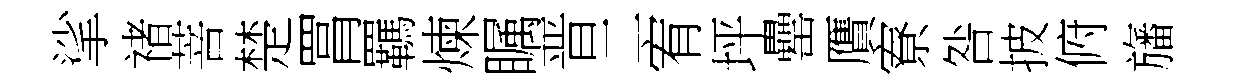
挲禇菩楚罥羈煉瞩晋二宥坪罍贋寮咎披俯旛